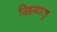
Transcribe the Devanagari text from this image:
द्विमातृ